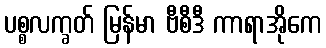
ပစ္စလက္ခတ် မြန်မာ ဗီစီဒီ ကာရာအိုကေ